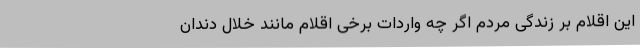
این اقلام بر زندگی مردم اگر چه واردات برخی اقلام مانند خلال دندان